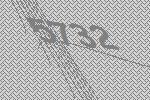
5732